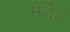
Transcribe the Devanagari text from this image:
मेंडेट